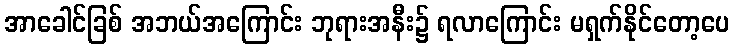
အာခေါင်ခြစ် အဘယ်အကြောင်း ဘုရားအနီး၌ ရလာကြောင်း မရှက်နိုင်တော့ပေ